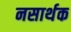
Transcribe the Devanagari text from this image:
नसार्थक